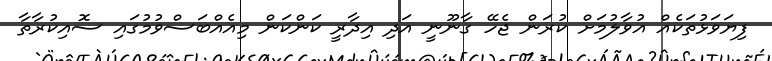
ފިޔަވަޅުތަކެއް އުވާލުމަށް ކުރަން ޖެހޭ ގާނޫނީ އަދި އިދާރީ ކަންކަން މިއެއްބަސްވުމުގައި ސޮއިކުރާތާ